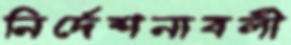
নির্দেশনাবলী